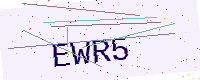
Text: EWR5